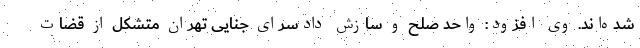
شده‌اند. وی افزود: واحد صلح و سازش دادسرای جنایی تهران متشکل از قضات